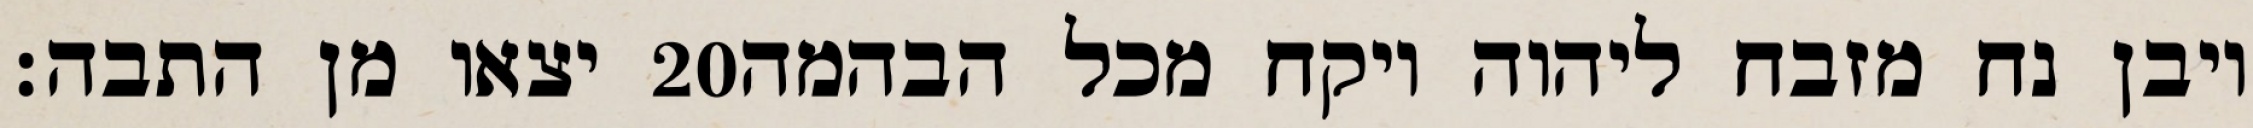
יצאו מן התבה׃ ‎20‏ ויבן נח מזבח ליהוה ויקח מכל הבהמה